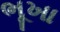
ભૂખા